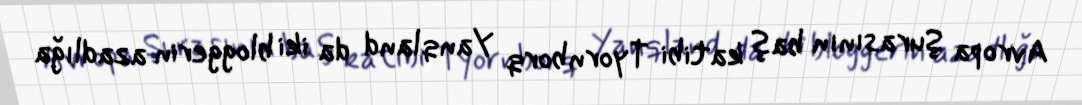
Avropa Şurasının baş katibi Tyornborq Yanqland da iki bloggerin azadlığa